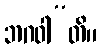
ဘဂဝါ”တိ။